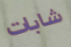
شابات